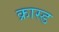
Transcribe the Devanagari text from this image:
क्रास्ड